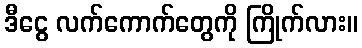
ဒီငွေ လက်ကောက်တွေကို ကြိုက်လား။